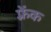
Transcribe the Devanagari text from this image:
फ़्रेंक